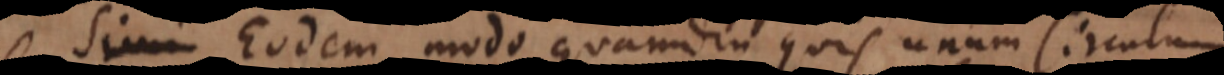
Eodem modo quamdiu quis unum Circulum